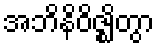
အဘိနိဝိဇ္ဈိတွာ